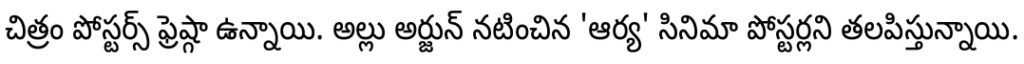
చిత్రం పోస్టర్స్ ఫ్రెష్గా ఉన్నాయి. అల్లు అర్జున్ నటించిన 'ఆర్య' సినిమా పోస్టర్లని తలపిస్తున్నాయి.